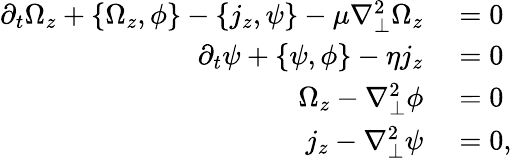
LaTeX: \begin{array}{rl}{\partial_{t}\Omega_{z}+\left\{ \Omega_{z},\phi\right\} -\left\{ j_{z},\psi\right\} -\mu\nabla_{\perp}^{2}\Omega_{z}}&{{}=0}\\ {\partial_{t}\psi+\left\{ \psi,\phi\right\} -\eta j_{z}}&{{}=0}\\ {\Omega_{z}-\nabla_{\perp}^{2}\phi}&{{}=0}\\ {j_{z}-\nabla_{\perp}^{2}\psi}&{{}=0,}\end{array}